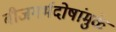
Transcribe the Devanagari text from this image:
बीजगर्भदोषांमुळे